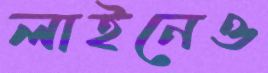
লাইনেও